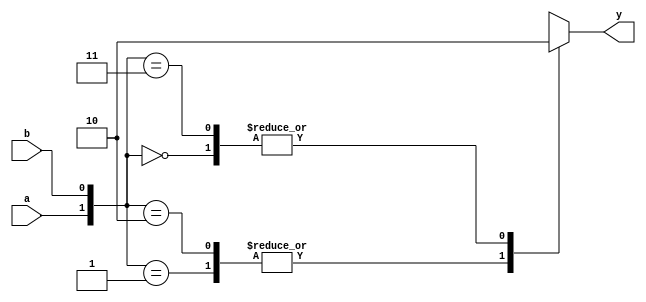
module xor_behavior(y,a,b);
output y;
input a,b;
reg y; 
always @ (a or b)
begin 
case ({a, b})
2'b00: begin y = 0; end 
2'b01: begin y = 1; end
2'b10: begin y = 1; end
2'b11: begin y = 0; end
endcase
end
endmodule